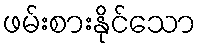
ဖမ်းစားနိုင်သော